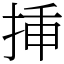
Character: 挿